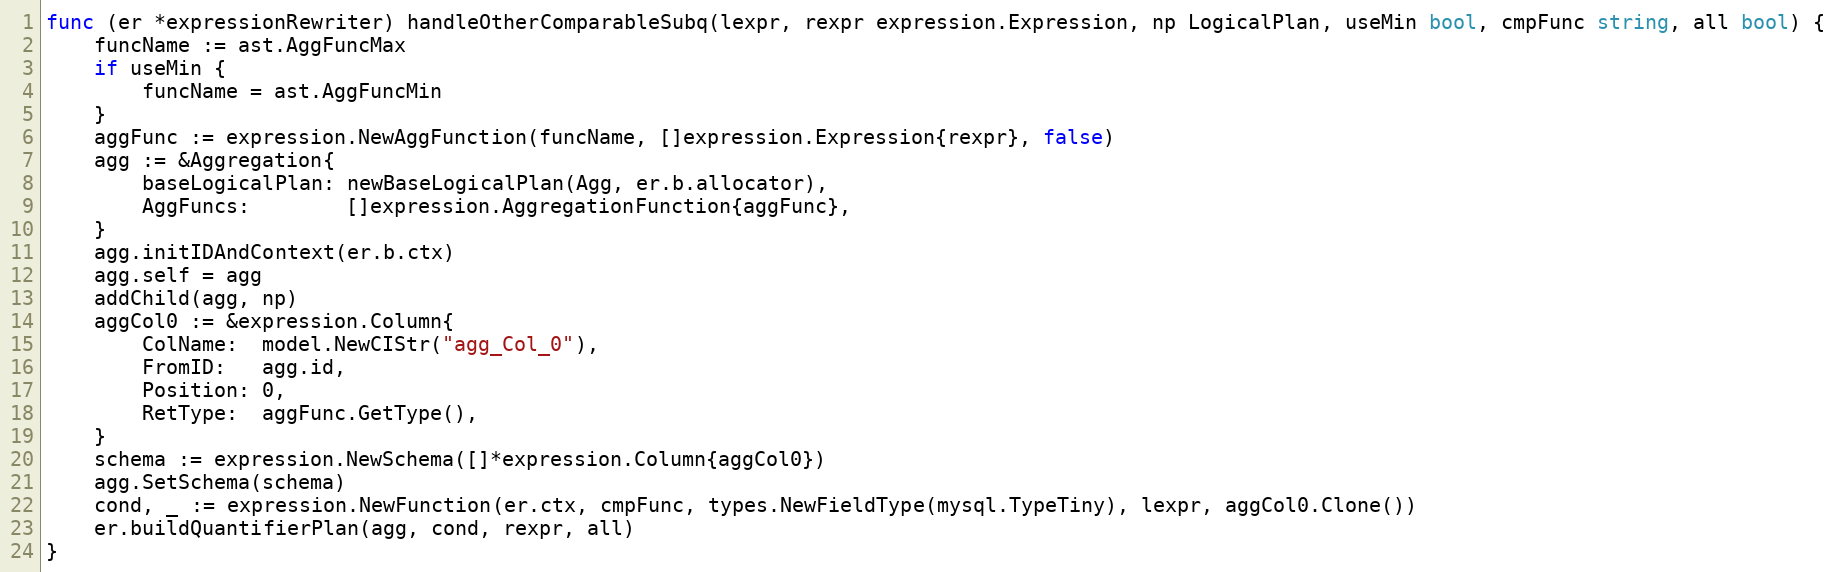
Language: Go
func (er *expressionRewriter) handleOtherComparableSubq(lexpr, rexpr expression.Expression, np LogicalPlan, useMin bool, cmpFunc string, all bool) {
	funcName := ast.AggFuncMax
	if useMin {
		funcName = ast.AggFuncMin
	}
	aggFunc := expression.NewAggFunction(funcName, []expression.Expression{rexpr}, false)
	agg := &Aggregation{
		baseLogicalPlan: newBaseLogicalPlan(Agg, er.b.allocator),
		AggFuncs:        []expression.AggregationFunction{aggFunc},
	}
	agg.initIDAndContext(er.b.ctx)
	agg.self = agg
	addChild(agg, np)
	aggCol0 := &expression.Column{
		ColName:  model.NewCIStr("agg_Col_0"),
		FromID:   agg.id,
		Position: 0,
		RetType:  aggFunc.GetType(),
	}
	schema := expression.NewSchema([]*expression.Column{aggCol0})
	agg.SetSchema(schema)
	cond, _ := expression.NewFunction(er.ctx, cmpFunc, types.NewFieldType(mysql.TypeTiny), lexpr, aggCol0.Clone())
	er.buildQuantifierPlan(agg, cond, rexpr, all)
}